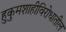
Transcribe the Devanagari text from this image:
हुकुमशाहीविरोधातील